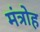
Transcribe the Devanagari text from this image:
मंत्रोह